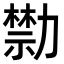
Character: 𠢱